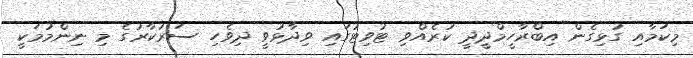
މިކަމާއި ގުޅިގެން އިބްރާހީމްދީދީ ކުރެއްވި ޓުވިޓުގައި ވިދާޅުވީ ދިވެހި ސަރުކާރުގެ މި ނިންމުމަކީ